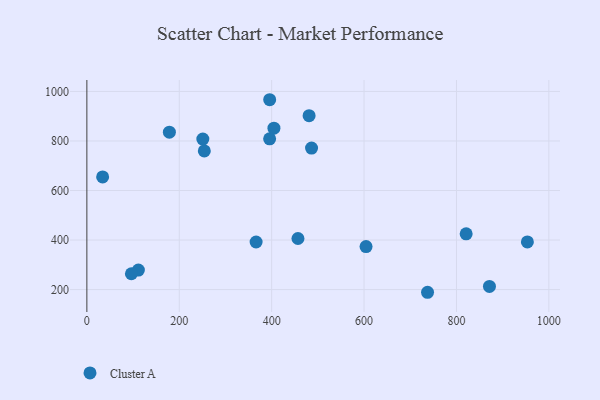
{"axis": {"x": "Price", "y": "Demand"}, "legend": ["Cluster A"], "data": [{"x": "737.4", "y": 189.2, "type": "Cluster A"}, {"x": "395.7", "y": 966.6, "type": "Cluster A"}, {"x": "953.5", "y": 392.5, "type": "Cluster A"}, {"x": "395.6", "y": 808.7, "type": "Cluster A"}, {"x": "456.9", "y": 406.3, "type": "Cluster A"}, {"x": "604.3", "y": 373.6, "type": "Cluster A"}, {"x": "871.4", "y": 212.8, "type": "Cluster A"}, {"x": "366.3", "y": 392.1, "type": "Cluster A"}, {"x": "178.6", "y": 835.7, "type": "Cluster A"}, {"x": "486.3", "y": 771.2, "type": "Cluster A"}, {"x": "404.9", "y": 851.9, "type": "Cluster A"}, {"x": "254.2", "y": 759.7, "type": "Cluster A"}, {"x": "251.0", "y": 807.7, "type": "Cluster A"}, {"x": "111.5", "y": 278.8, "type": "Cluster A"}, {"x": "96.4", "y": 263.9, "type": "Cluster A"}, {"x": "34.1", "y": 655.1, "type": "Cluster A"}, {"x": "821.0", "y": 425.2, "type": "Cluster A"}, {"x": "481.0", "y": 902.1, "type": "Cluster A"}]}